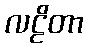
လဠိတာ